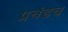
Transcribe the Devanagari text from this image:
प्रचंडच